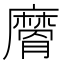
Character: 𭚉